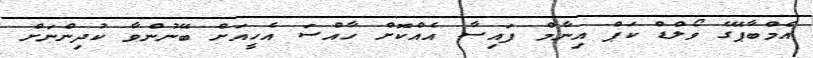
އެމްބާޕޭގެ ވޯލްޑް ކަޕް އިނާމް ފައިސާ އެއްކޮށް ހާއްސަ އެހީއަށް ބޭނުންވާ ކުދިންނަށް